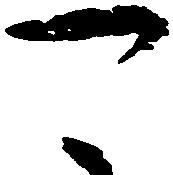
可